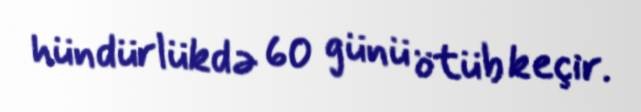
hündürlükdə 60 günü ötüb keçir.